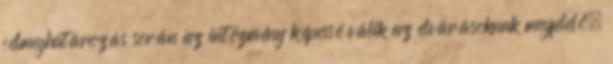
célmeghatározás során az intézmény képessé válik az elvárásoknak megfelelő,